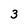
Character: 3